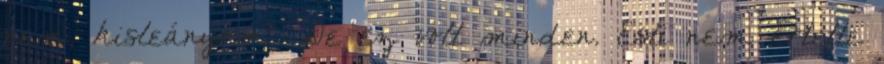
nem, kisleányom". De ez volt minden. Esti nem értette